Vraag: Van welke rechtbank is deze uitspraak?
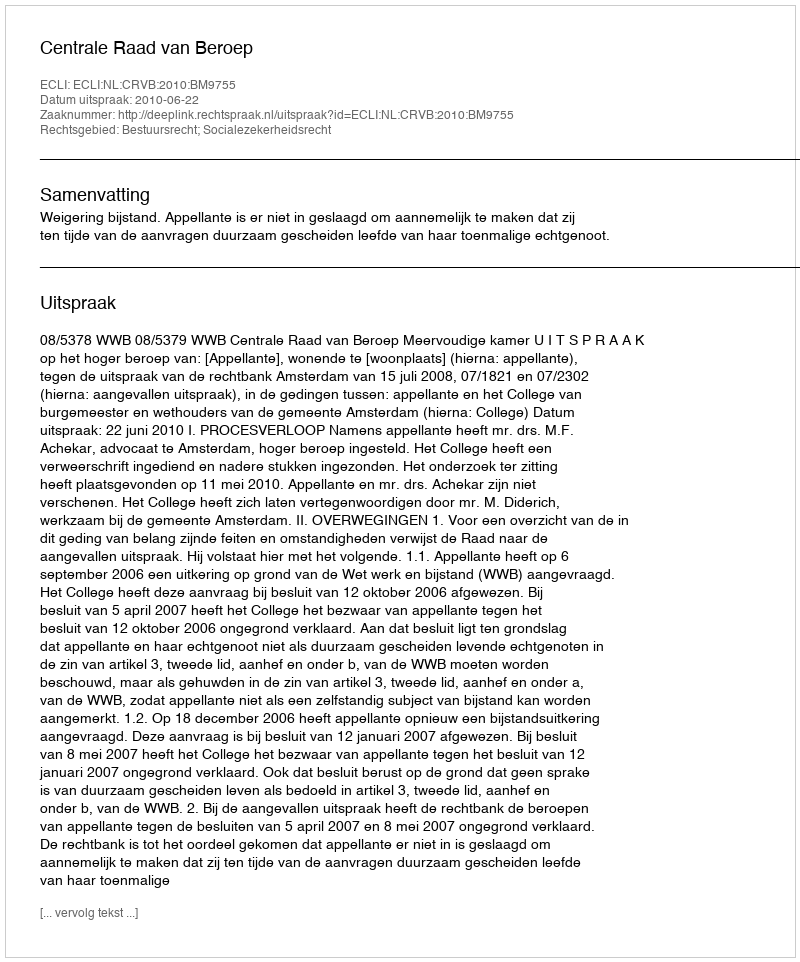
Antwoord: Centrale Raad van Beroep